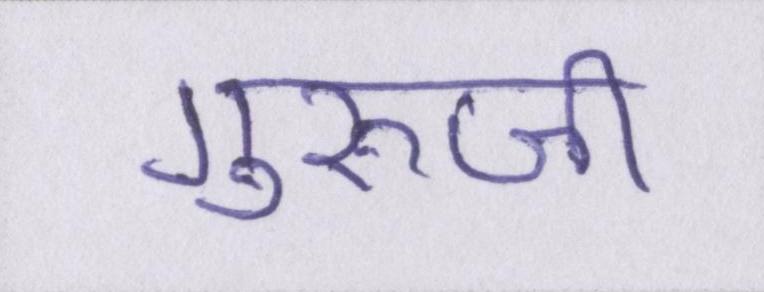
गुरूजी